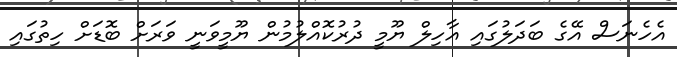
އެހެނަސް އޭގެ ބަދަލުގައި އާހިލް ޔޫމީ ދުރުކޮއްލުމުން ޔޫމީވަނީ ވަރަށް ބޮޑަށް ހިތުގައި